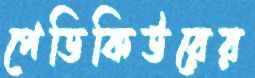
পেডিকিউরের